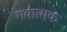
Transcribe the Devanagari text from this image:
गयात्मक